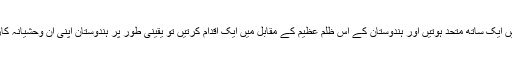
اگر تمام اسلامی حکومتیں ایک ساتھ متحد ہوتیں اور ہندوستان کے اس ظلمِ عظیم کے مقابل میں ایک اقدام کرتیں تو یقینی طور پر ہندوستان اپنی ان وحشیانہ کاروائیوں سے باز آ جاتا ۔